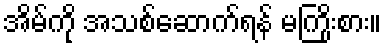
အိမ်ကို အသစ်ဆောက်ရန် မကြိုးစား။